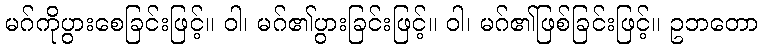
မဂ်ကိုပွားစေခြင်းဖြင့်။ ဝါ၊ မဂ်၏ပွားခြင်းဖြင့်။ ဝါ၊ မဂ်၏ဖြစ်ခြင်းဖြင့်။ ဥဘတော